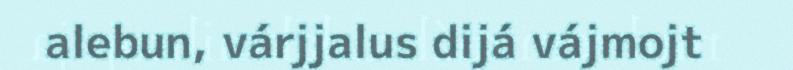
alebun, várjjalus dijá vájmojt